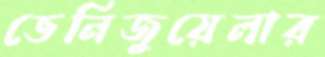
ভেনিজুয়েলার